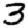
Digit: 3